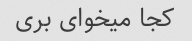
کجا میخوای بری